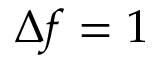
\Delta f = 1